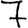
Digit: 7